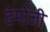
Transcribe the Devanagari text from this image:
टेमोंजी